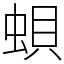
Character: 蛽